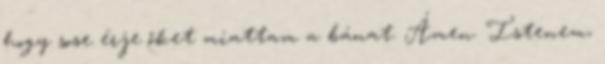
hogy sose érje őket miattam a bánat. Ámen. Istenem,